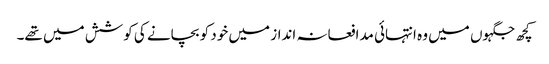
کچھ جگہوں میں وہ انتہائی مدافعانہ انداز میں خود کو بچانے کی کوشش میں تھے۔